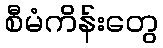
စီမံကိန်းတွေ